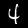
Label: 4